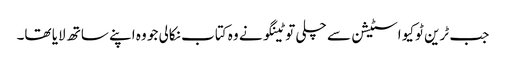
جب ٹرین ٹوکیو اسٹیشن سے چلی تو ٹینگو نے وہ کتاب نکالی جو وہ اپنے ساتھ لایا تھا۔